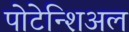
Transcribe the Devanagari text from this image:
पोटेन्शिअल